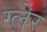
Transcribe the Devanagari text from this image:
ग्लेर